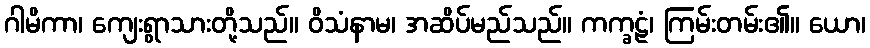
ဂါမိကာ၊ ကျေးရွာသားတို့သည်။ ဝိသံနာမ၊ အဆိပ်မည်သည်။ ကက္ခဠံ၊ ကြမ်းတမ်း၏။ ယော၊